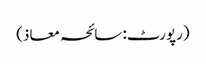
(رپورٹ: سائحہ معاذ)